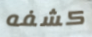
كشفه